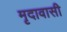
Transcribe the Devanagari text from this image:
मृदावासी